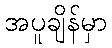
အပူချိန်မှာ